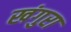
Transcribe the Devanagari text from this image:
खंगुरा